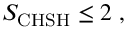
\begin{array} { r } { S _ { \mathrm { C H S H } } \le 2 \; , } \end{array}